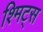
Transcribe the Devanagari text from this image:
श्मिट्स